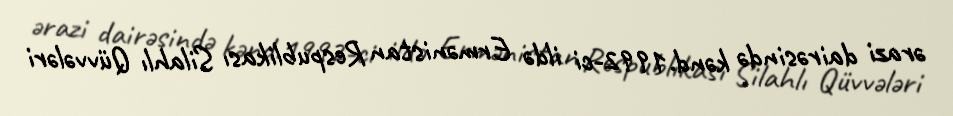
ərazi dairəsində kənd.1992-ci ildə Ermənistan Respublikası Silahlı Qüvvələri